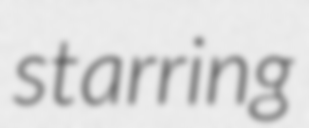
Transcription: starring